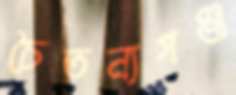
চৈতন্যগঞ্জ